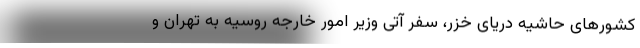
کشورهای حاشیه دریای خزر، سفر آتی وزیر امور خارجه روسیه به تهران و